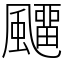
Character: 飅